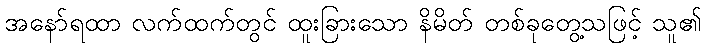
အနော်ရထာ လက်ထက်တွင် ထူးခြားသော နိမိတ် တစ်ခုတွေ့သဖြင့် သူ၏